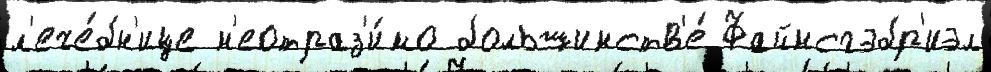
л'ече́бн'ице н'еотраз'и́мо большинств'е́ Файнсгэбр'иэл